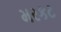
મરકટ